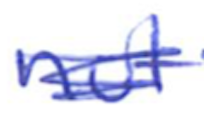
Text: not
Cross-out: scratch
Writing tool: ballpoint